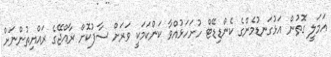
އަމަލީ ގޮތުން އަޅުގަނޑުމެންގެ ކެންޑިޑޭޓް ހުށަހަޅުއްވާ ކަންކަމަކީ ވަރަށް ސާފުކޮށް ރާއްޖޭގެ ރައްޔިތުންނަށް